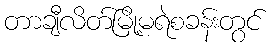
တာချီလိတ်မြို့မရဲစခန်းတွင်